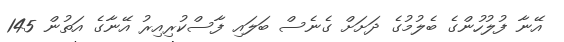
އޭނާ ފުލުހުންގެ ބެލުމުގެ ދަށަށް ގެނެސް ބަލައި ފާސްކުރިއިރު އޭނާގެ އަތުން 145